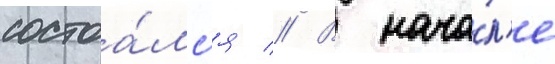
состоа́лс'я // В нача́л'е